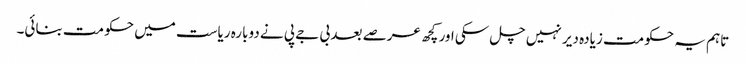
تاہم یہ حکومت زیادہ دیر نہیں چل سکی اور کچھ عرصے بعد بی جے پی نے دوبارہ ریاست میں حکومت بنائی۔